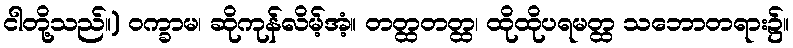
ငါတို့သည်။) ဝက္ခာမ၊ ဆိုကုန်လိမ့်အံ့။ တတ္ထတတ္ထ၊ ထိုထိုပရမတ္ထ သဘောတရား၌။